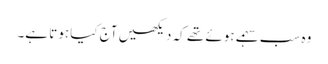
وہ سب سہمے ہوئے تھے کہ دیکھیں آج کیا ہوتا ہے۔